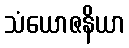
သံယောဇနိယာ